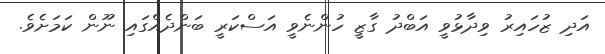
އަދި ޒުހައިރު ވިދާޅުވީ އަބްދު ގާޒީ ހުންނެވީ އަސްކަރީ ބަންދެއްގައި ނޫން ކަމަށެވެ.